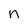
Character: n